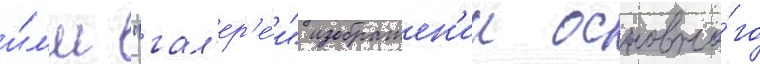
и́л'и "гал'ер'е́и" изображен'ии основно́го